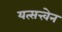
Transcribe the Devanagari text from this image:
यत्सत्त्वेन